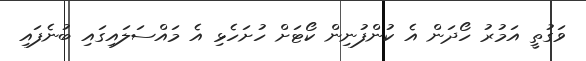
ވަގުތީ އަމުރު ހޯދަން އެ ކުންފުނިން ކޯޓަށް ހުށަހެޅި އެ މައްސަލައިގައި ބުނެފައި